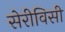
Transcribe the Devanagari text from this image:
सेरीविसी